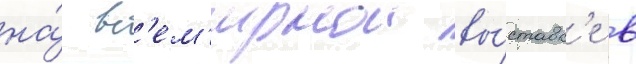
на́ вс'ем'ирнои вы́ставк'е в